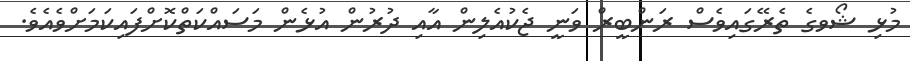
މުޅި ޝޯވގެ ތެރޭގައިވެސް ރަންބީރް ވަނީ ޖެކުއެލިން އާއި ދުރުން އުޅެން މަސައްކަތްކޮށްފައިކަމަށްވެއެވެ.